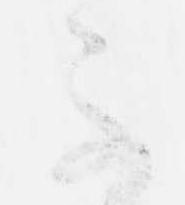
不